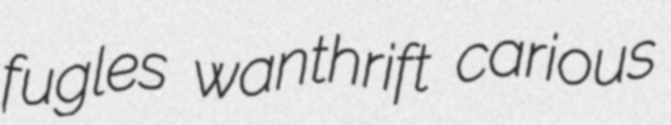
fugles wanthrift carious